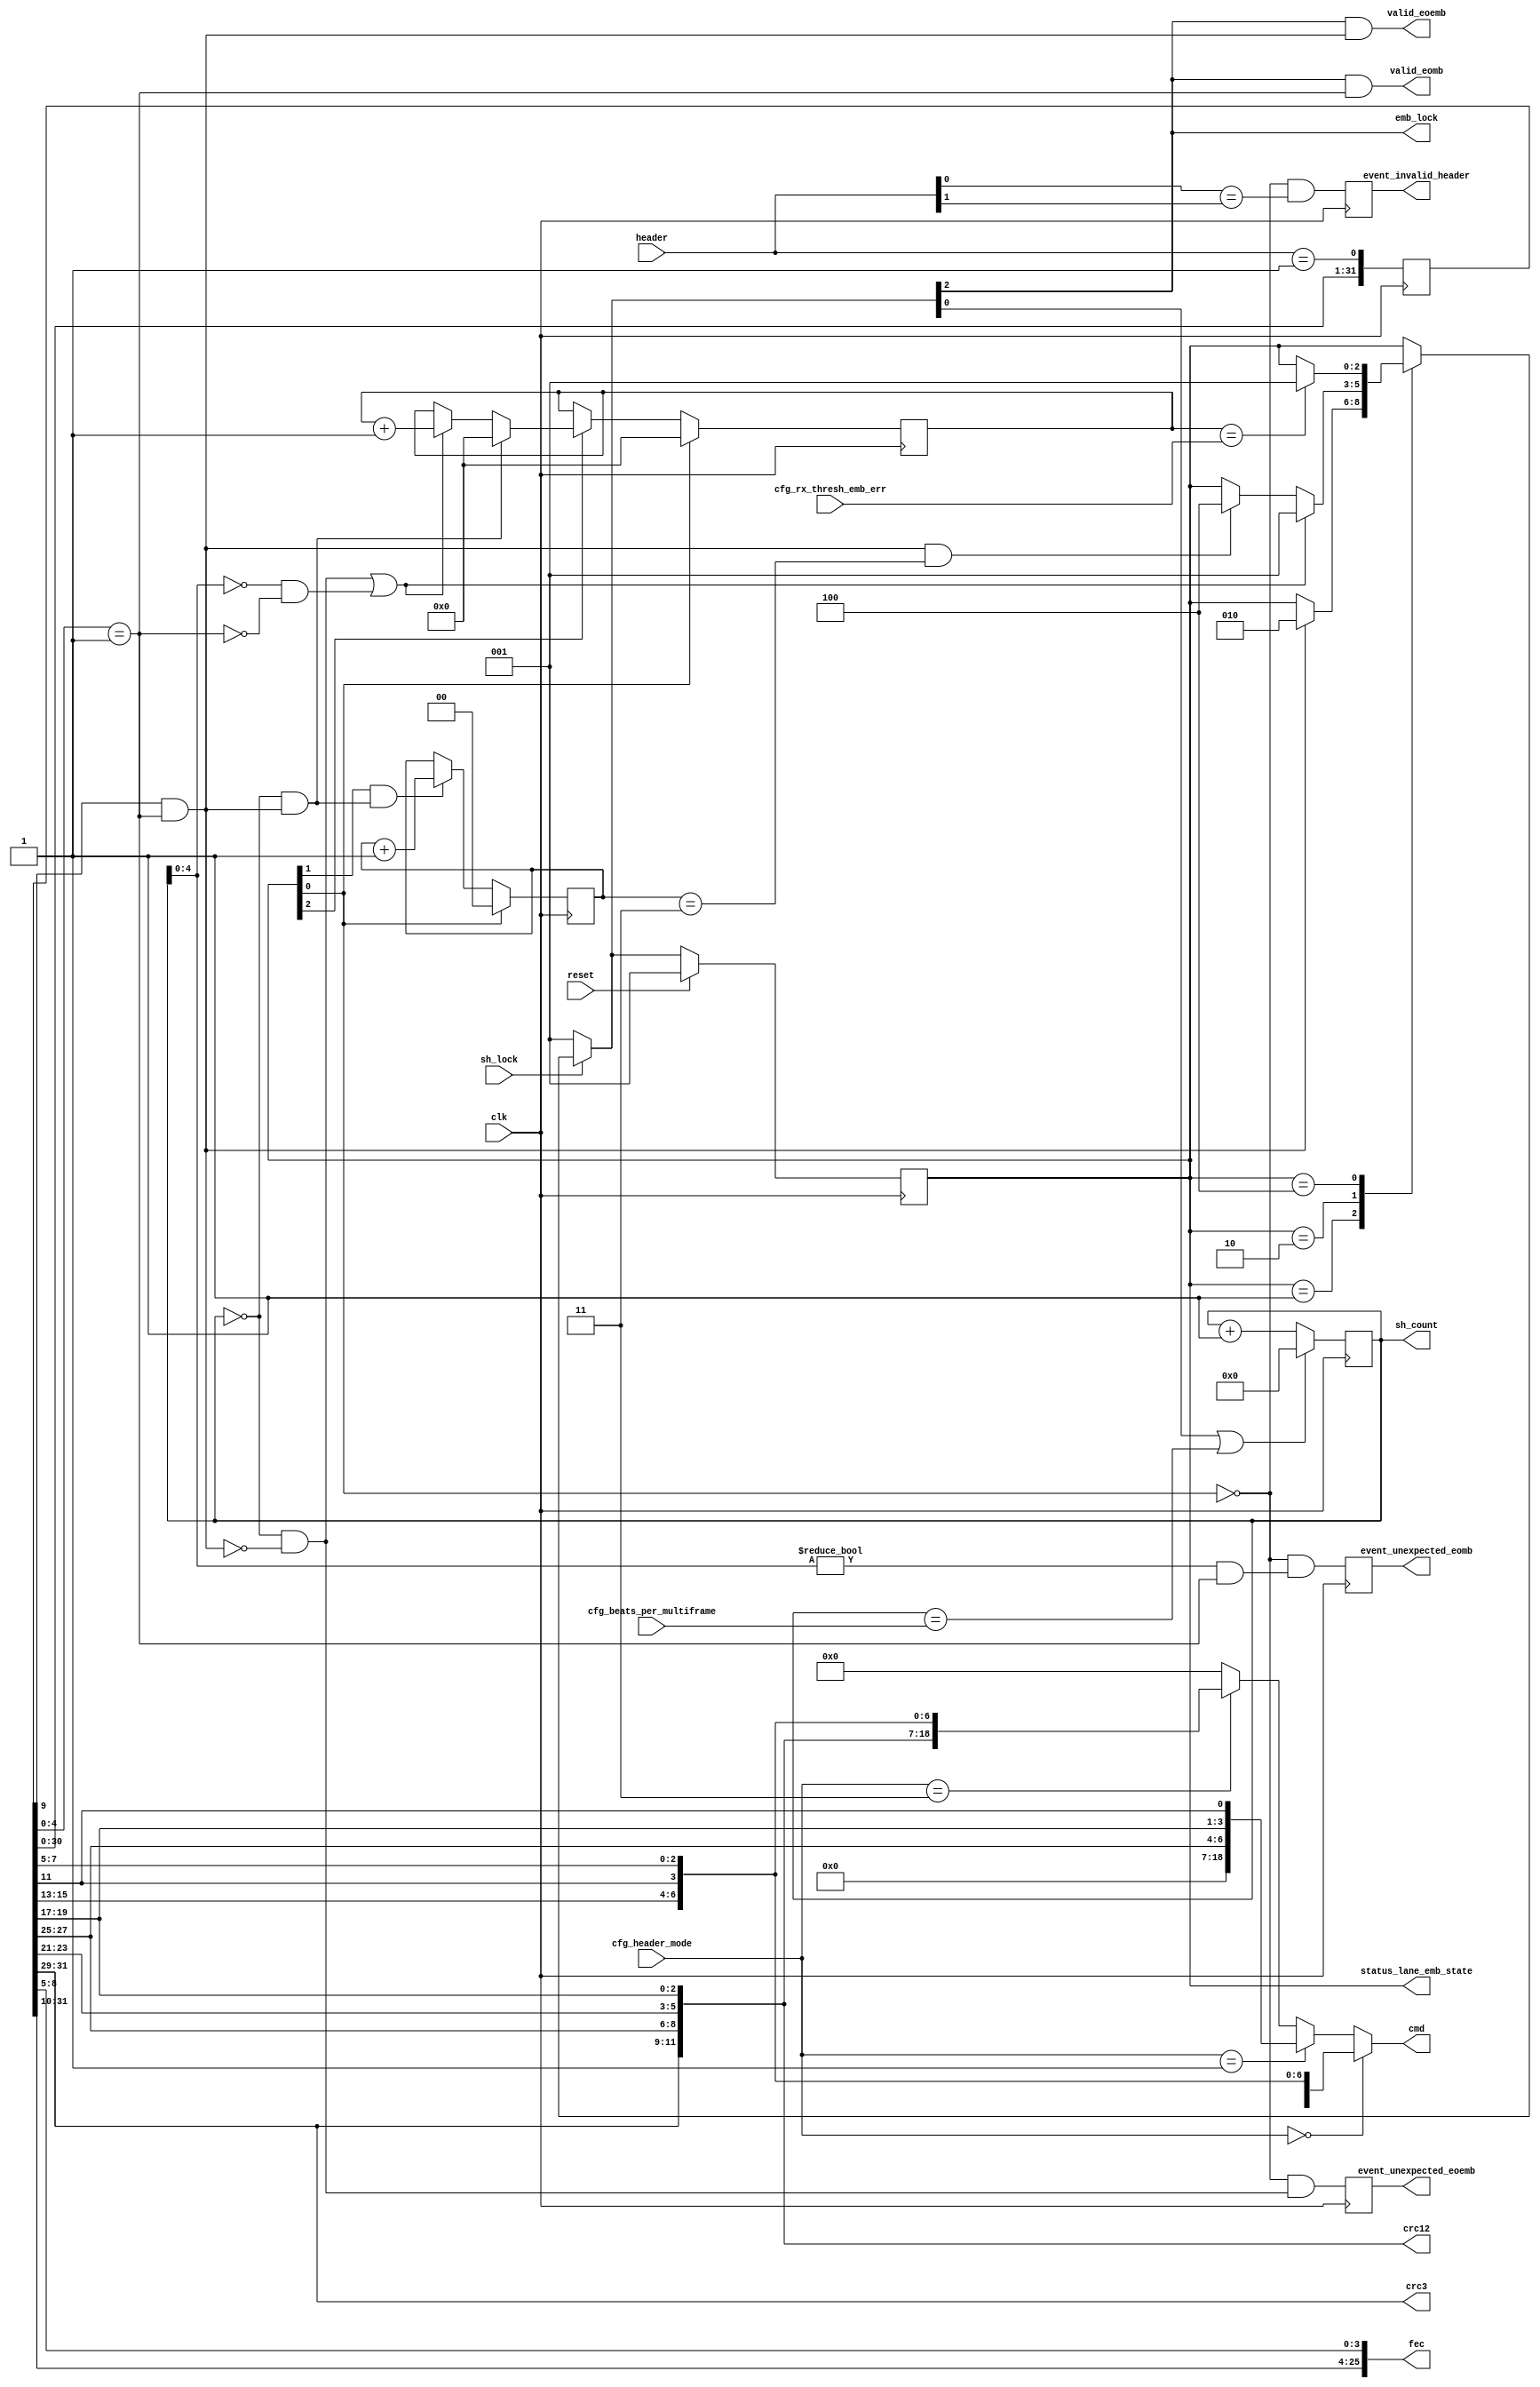
//
// The ADI JESD204 Core is released under the following license, which is
// different than all other HDL cores in this repository.
//
// Please read this, and understand the freedoms and responsibilities you have
// by using this source code/core.
//
// The JESD204 HDL, is copyright  2016-2017 Analog Devices Inc.
//
// This core is free software, you can use run, copy, study, change, ask
// questions about and improve this core. Distribution of source, or resulting
// binaries (including those inside an FPGA or ASIC) require you to release the
// source of the entire project (excluding the system libraries provide by the
// tools/compiler/FPGA vendor). These are the terms of the GNU General Public
// License version 2 as published by the Free Software Foundation.
//
// This core  is distributed in the hope that it will be useful, but WITHOUT ANY
// WARRANTY; without even the implied warranty of MERCHANTABILITY or FITNESS FOR
// A PARTICULAR PURPOSE. See the GNU General Public License for more details.
//
// You should have received a copy of the GNU General Public License version 2
// along with this source code, and binary.  If not, see
// <http://www.gnu.org/licenses/>.
//
// Commercial licenses (with commercial support) of this JESD204 core are also
// available under terms different than the General Public License. (e.g. they
// do not require you to accompany any image (FPGA or ASIC) using the JESD204
// core with any corresponding source code.) For these alternate terms you must
// purchase a license from Analog Devices Technology Licensing Office. Users
// interested in such a license should contact jesd204-licensing@analog.com for
// more information. This commercial license is sub-licensable (if you purchase
// chips from Analog Devices, incorporate them into your PCB level product, and
// purchase a JESD204 license, end users of your product will also have a
// license to use this core in a commercial setting without releasing their
// source code).
//
// In addition, we kindly ask you to acknowledge ADI in any program, application
// or publication in which you use this JESD204 HDL core. (You are not required
// to do so; it is up to your common sense to decide whether you want to comply
// with this request or not.) For general publications, we suggest referencing :
// The design and implementation of the JESD204 HDL Core used in this project
// is copyright  2016-2017, Analog Devices, Inc.
//

`timescale 1ns/100ps

module jesd204_rx_header (
  input clk,
  input reset,

  input sh_lock,
  input [1:0] header,

  input [1:0] cfg_header_mode,  // 0 - CRC12 ; 1 - CRC3; 2 - FEC; 3 - CMD
  input [4:0] cfg_rx_thresh_emb_err,
  input [7:0] cfg_beats_per_multiframe,

  output emb_lock,

  output valid_eomb,
  output valid_eoemb,
  // Received header data qualified by valid_eomb
  output [11:0] crc12,
  output [2:0] crc3,
  output [25:0] fec,
  output [18:0] cmd,
  output reg [7:0] sh_count = 'h0,

  output [2:0] status_lane_emb_state,
  output reg event_invalid_header,
  output reg event_unexpected_eomb,
  output reg event_unexpected_eoemb
);

  localparam STATE_EMB_INIT = 3'b001;
  localparam STATE_EMB_HUNT = 3'b010;
  localparam STATE_EMB_LOCK = 3'b100;

  localparam BIT_EMB_INIT = 0;
  localparam BIT_EMB_HUNT = 1;
  localparam BIT_EMB_LOCK = 2;

  reg [2:0] state = STATE_EMB_INIT;
  reg [2:0] next_state;

  reg [31:0] sync_word = 'h0;

  wire header_bit;
  wire invalid_sequence;
  wire invalid_eoemb;
  wire invalid_eomb;
  wire [6:0] cmd0;
  wire [6:0] cmd1;
  wire [18:0] cmd3;
  wire eoemb;
  wire eomb;

  assign header_bit = header == 2'b01;

  always @(posedge clk) begin
    sync_word <= {sync_word[30:0],header_bit};
  end

  assign crc12 = {sync_word[31:29],sync_word[27:25],
                  sync_word[23:21],sync_word[19:17]};
  assign crc3 = {sync_word[31:29]};
  assign cmd0 = {sync_word[15:13],sync_word[11],
                 sync_word[7:5]};
  assign cmd1 = {sync_word[27:25],
                 sync_word[19:17],
                 sync_word[11]};
  assign cmd3 = {sync_word[31:29],sync_word[27:25],
                 sync_word[23:21],sync_word[19:17],
                 sync_word[15:13],sync_word[11],
                 sync_word[7:5]};

  assign cmd = cfg_header_mode == 0 ? {12'b0,cmd0} :
               cfg_header_mode == 1 ? {12'b0,cmd1} :
               cfg_header_mode == 3 ? cmd3 : 'b0;

  assign fec = {sync_word[31:10],sync_word[8:5]};

  assign eomb  = sync_word[4:0] == 5'b00001;
  assign eoemb = sync_word[9] & eomb;

  always @(posedge clk) begin
    if (next_state[BIT_EMB_INIT] || sh_count == cfg_beats_per_multiframe) begin
      sh_count <= 'h0;
    end else begin
      sh_count <= sh_count + 8'b1;
    end
  end

  reg [1:0] emb_vcount = 'b0;
  always @(posedge clk) begin
    if (state[BIT_EMB_INIT]) begin
      emb_vcount <= 'b0;
    end else if (state[BIT_EMB_HUNT] && (sh_count == 0 && eoemb)) begin
      emb_vcount <= emb_vcount + 'b1;
    end
  end

  reg [4:0] emb_icount = 'b0;
  always @(posedge clk) begin
    if (state[BIT_EMB_INIT]) begin
      emb_icount <= 'b0;
    end else if (state[BIT_EMB_LOCK]) begin
      if (sh_count == 0 && eoemb) begin
        emb_icount <= 'b0;
      end else if (invalid_eoemb || invalid_eomb) begin
        emb_icount <= emb_icount + 5'b1;
      end
    end
  end

  always @(*) begin
    next_state = state;
    case (state)
      STATE_EMB_INIT:
        if (eoemb) begin
          next_state = STATE_EMB_HUNT;
        end
      STATE_EMB_HUNT:
        if (invalid_sequence) begin
          next_state = STATE_EMB_INIT;
        end else if (eoemb && emb_vcount == 2'd3) begin
          next_state = STATE_EMB_LOCK;
        end
      STATE_EMB_LOCK:
        if (emb_icount == cfg_rx_thresh_emb_err) begin
          next_state = STATE_EMB_INIT;
        end
    endcase
    if (sh_lock == 1'b0) next_state = STATE_EMB_INIT;
  end

  assign invalid_eoemb = (sh_count == 0 && ~eoemb);
  assign invalid_eomb = (sh_count[4:0] == 0 && ~eomb);
  assign valid_eomb = next_state[BIT_EMB_LOCK] && eomb;
  assign valid_eoemb = next_state[BIT_EMB_LOCK] && eoemb;

  assign invalid_sequence = (invalid_eoemb || invalid_eomb);

  always @(posedge clk) begin
    if (reset == 1'b1) begin
      state <= STATE_EMB_INIT;
    end else begin
      state <= next_state;
    end
  end

  assign emb_lock = next_state[BIT_EMB_LOCK];

  // Status & error events
  assign status_lane_emb_state = state;

  always @(posedge clk) begin
    event_invalid_header <= (~state[BIT_EMB_INIT]) && (header[0] == header[1]);
    event_unexpected_eomb <= (~state[BIT_EMB_INIT]) && (sh_count[4:0] != 0 && eomb);
    event_unexpected_eoemb <= (~state[BIT_EMB_INIT]) && invalid_eoemb;
  end

endmodule